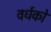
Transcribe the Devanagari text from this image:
वर्धकों